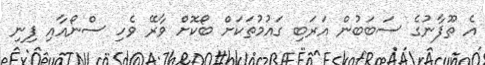
އެ ތޫފާނުގެ ސަބަބުން އަރަބި ގައުމުތަކަށް ބޯކޮށް ވާރޭ ވެހި ސްނޯއާއި ފިނި